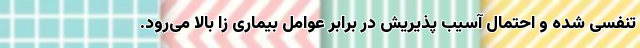
تنفسی شده و احتمال آسیب پذیریش در برابر عوامل بیماری زا بالا می‌رود.